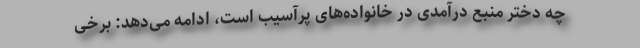
چه دختر منبع درآمدی در خانواده‌های پرآسیب است، ادامه می‌دهد: برخی